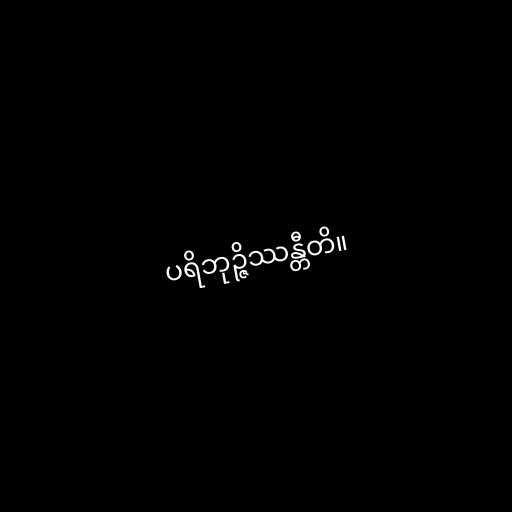
ပရိဘုဉ္ဇိဿန္တီတိ။